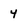
Character: 4